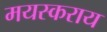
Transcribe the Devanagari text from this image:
मयस्कराय